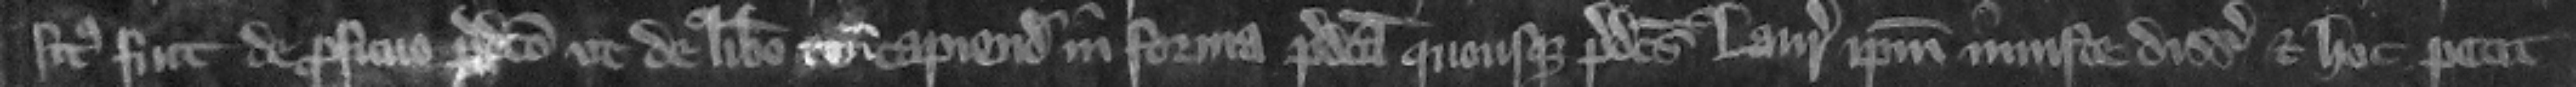
situs fuit de proficuo predicto vt de libero tenemento capiendo in forma predica quousque predictus Laurencius ipsum iniuste disseisiuit. Et hoc petit